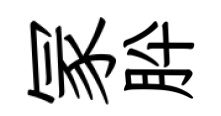
冡肸